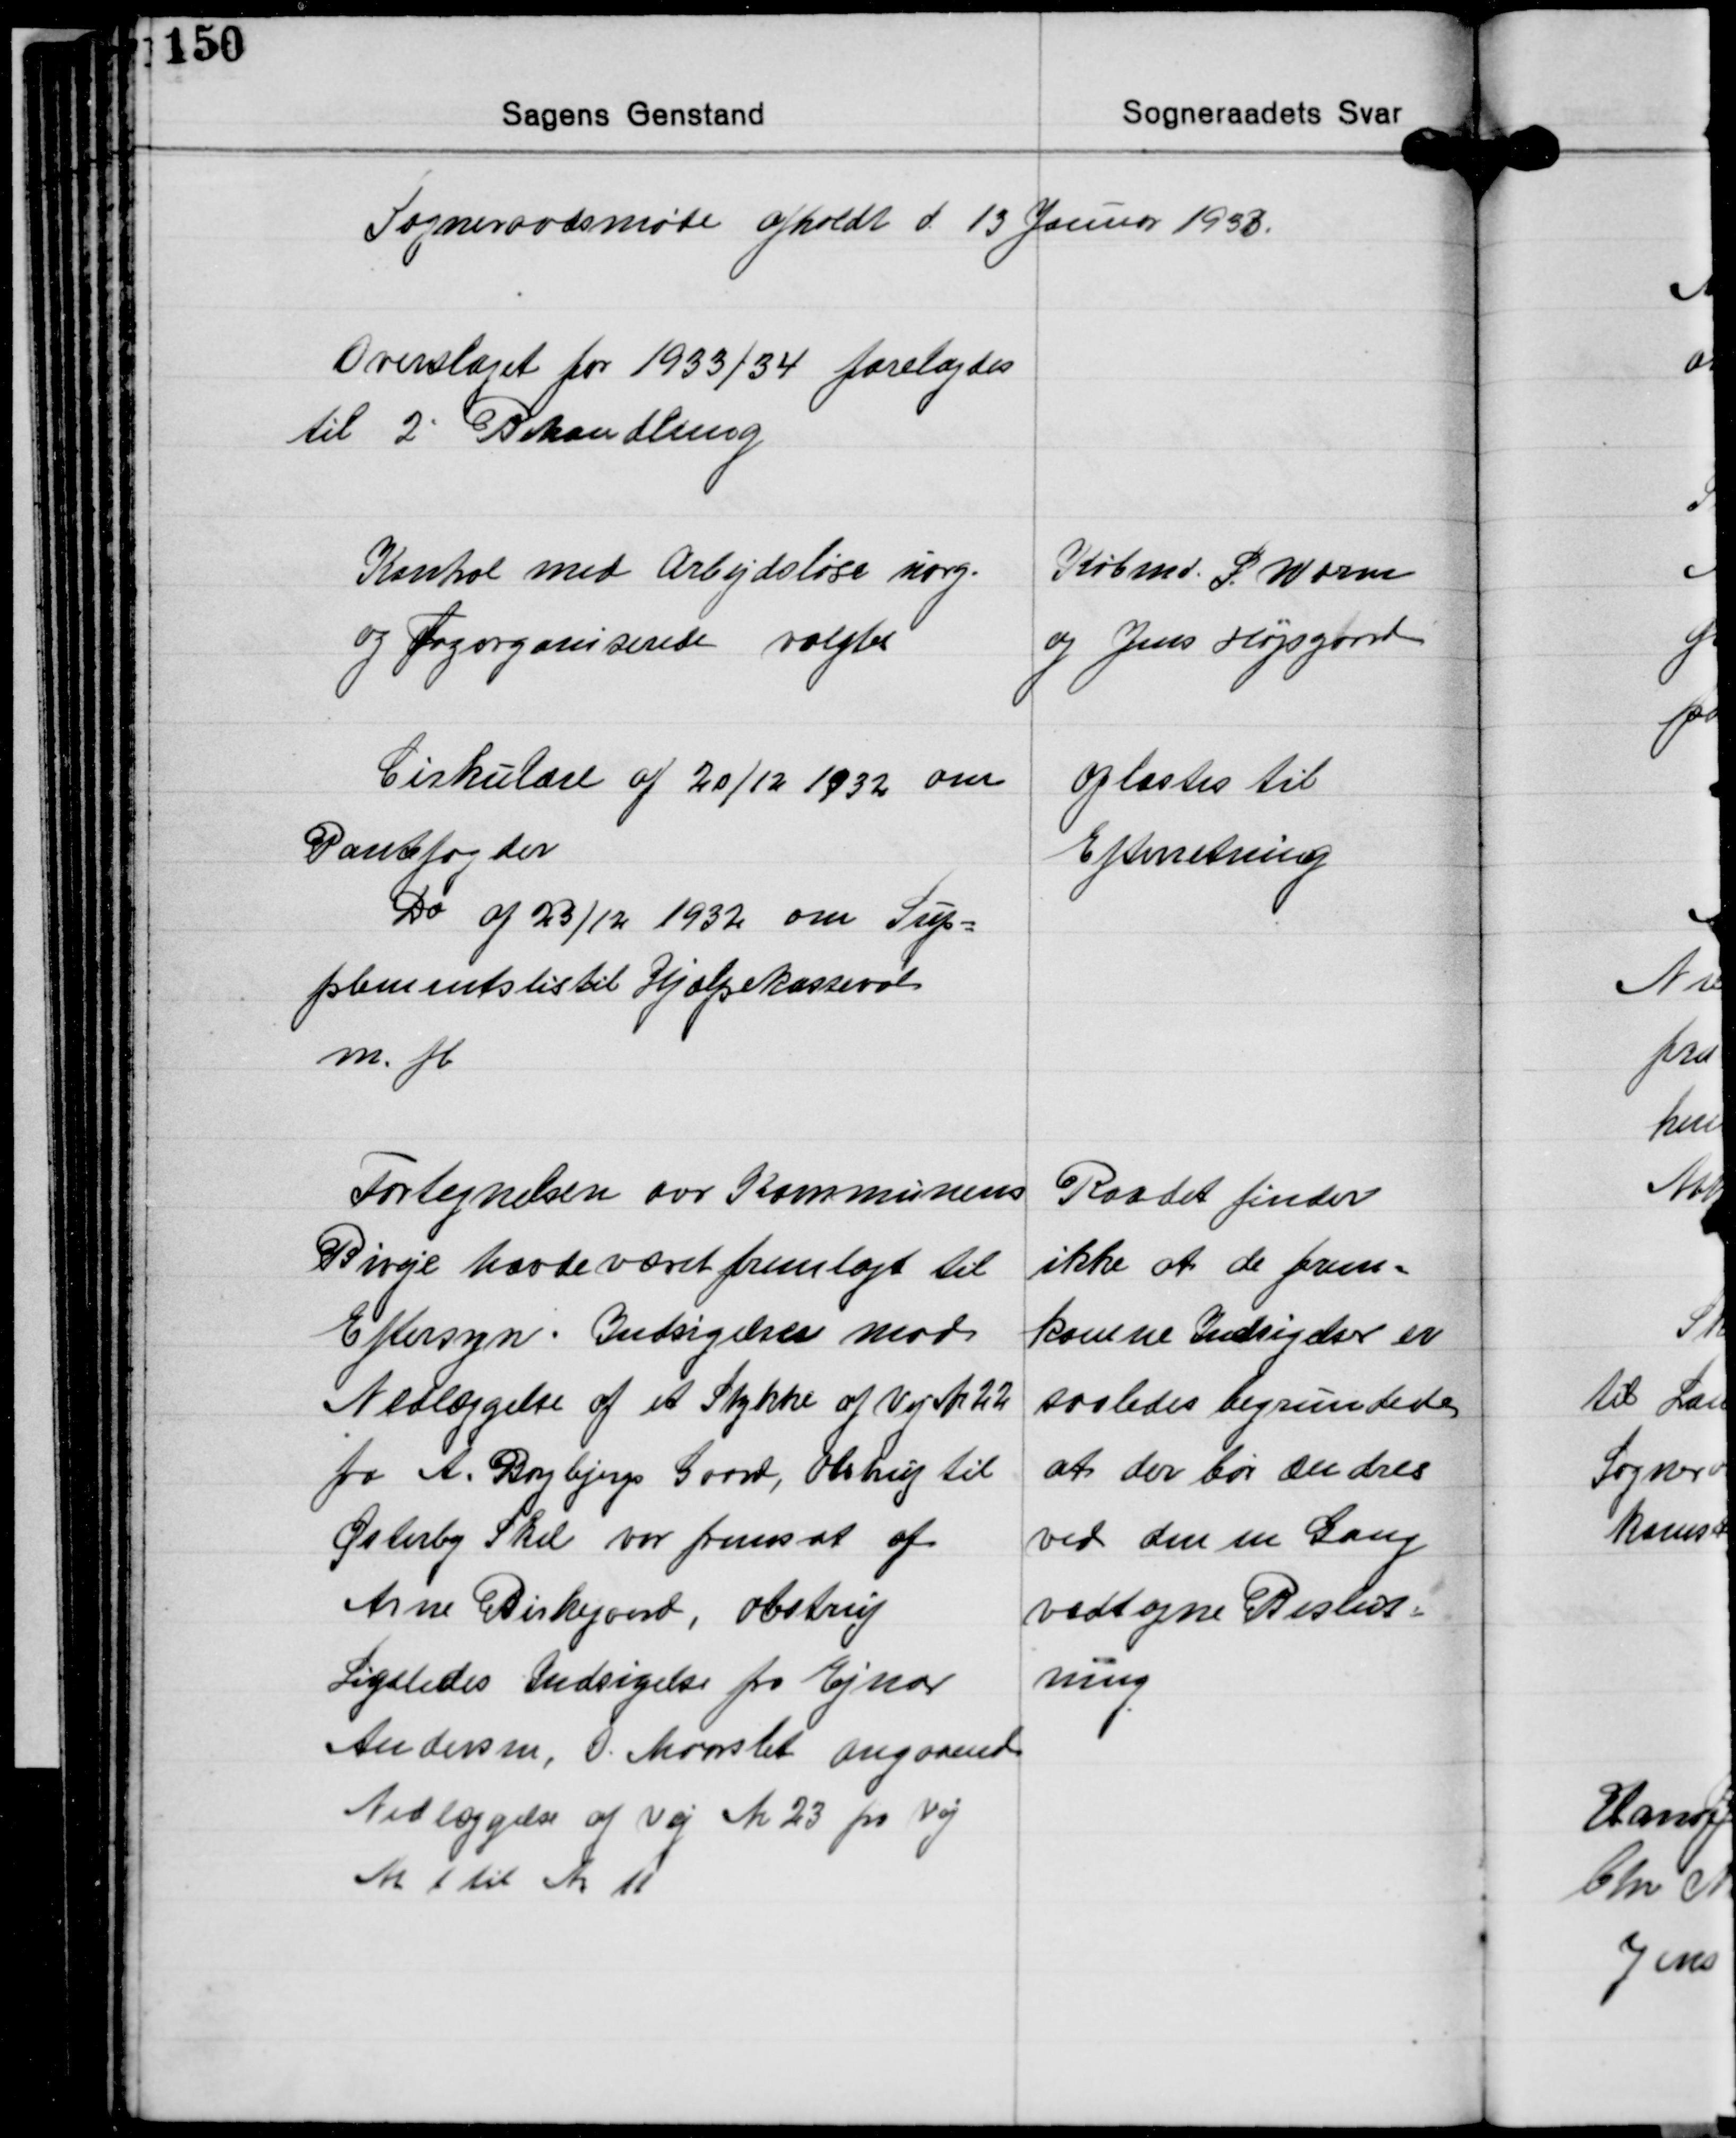
Transskription:
Sogneraadsmøde afholdt d 13 Januar 1933.

Overslaget for 1933/34 forelagdes
til 2' Behandling

Kontrol med Arbejdsløse uorg.
og Fagorganiserede valgtes

Købmd. P. Worm
og Jens Højsgaard

Cirkulære af 20/12 1932 om
Pantefogder
Do af 23/12 1932 om Sup-
plemntslis til Hjælpekasseraad
m. fl.

oplæstes til
Efterretning

Fortegnelsen over Kommunens
Biveje havde været fremlagt til
Eftersyn. Indsigelser mod
Nedlæggelse af et Stykke af Vej Nr. 22
fra A. Borgbjergs Gaard, Olstrup til
Østerby Skel var fremsat af
Anne Birkegaard, Obstrup
Ligeledes Indsigelse fra Ejnar
Andersen, O. Maarslet angaaende
Nedlæggelse af Vej Nr. 23 fra Vej
Nr. 1 til Nr. 11

Raadet finder
ikke at de frem-
komne Indsigelser er
saaledes begrundede
at der bør ændres
ved den en Gang
vedtagne Beslut-
ning